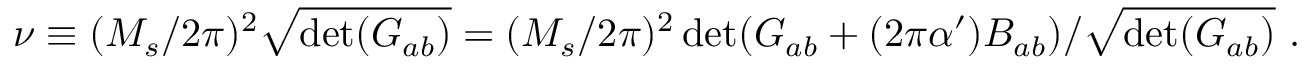
\nu \equiv ( M _ { s } / 2 \pi ) ^ { 2 } \sqrt { \operatorname * { d e t } ( { \cal G } _ { a b } ) } = ( M _ { s } / 2 \pi ) ^ { 2 } \operatorname * { d e t } ( G _ { a b } + ( 2 \pi \alpha ^ { \prime } ) B _ { a b } ) / \sqrt { \operatorname * { d e t } ( { G } _ { a b } ) } ~ .